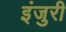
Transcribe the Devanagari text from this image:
इंजुरी